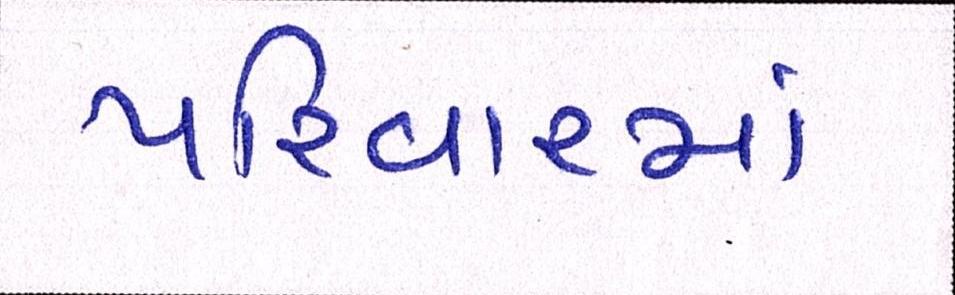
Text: પરિવારમાં